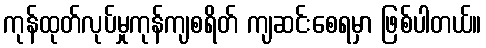
ကုန်ထုတ်လုပ်မှုကုန်ကျစရိတ် ကျဆင်းစေရမှာ ဖြစ်ပါတယ်။